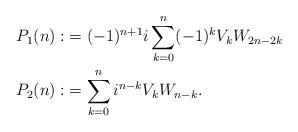
LaTeX: \begin{align*}P_1(n):&=(-1)^{n+1} i \sum_{k=0}^n (-1)^k V_kW_{2n-2k}\\P_2(n):&=\sum_{k=0}^n i^{n-k}V_kW_{n-k}.\end{align*}